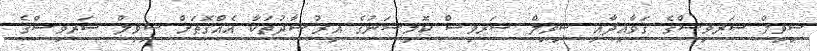
ސިވިލް ސަރވިސްގެ ގަވާއިދާއި ސިވިލް ސަރވިސް ކޮމިޝަނުގެ އިރުޝާދުތަކާ އެއްގޮތަށް ސިވިލް ސަރވިސްގެ